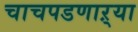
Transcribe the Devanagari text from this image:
चाचपडणाऱ्या